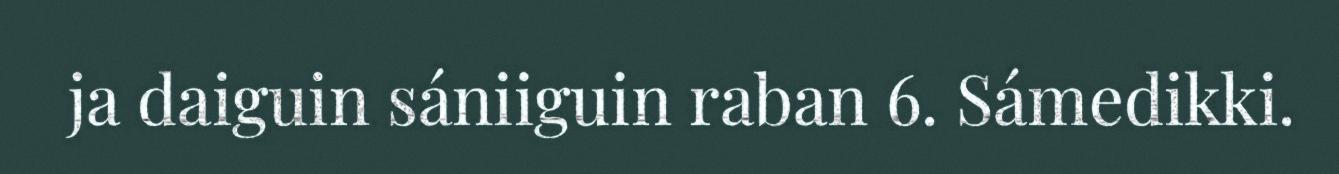
ja daiguin sániiguin raban 6. Sámedikki.